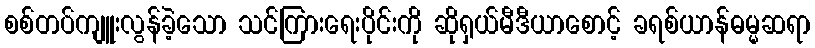
စစ်တပ်ကျူးလွန်ခဲ့သော သင်ကြားရေးပိုင်းကို ဆိုရှယ်မီဒီယာစောင့် ခရစ်ယာန်ဓမ္မဆရာ